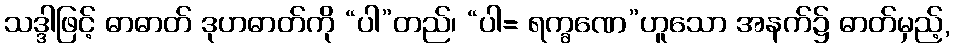
သဒ္ဒါဖြင့် ဓာဓာတ် ဒုဟဓာတ်ကို “ပါ”တည်၊ “ပါ= ရက္ခဏေ”ဟူသော အနက်၌ ဓာတ်မှည့်,